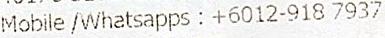
MOBILE /WHATSAPPS : +6012-918 7937